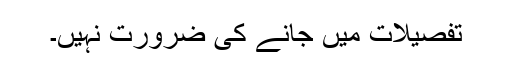
تفصیلات میں جانے کی ضرورت نہیں۔